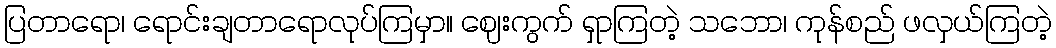
ပြတာရော၊ ရောင်းချတာရောလုပ်ကြမှာ။ ဈေးကွက် ရှာကြတဲ့ သဘော၊ ကုန်စည် ဖလှယ်ကြတဲ့